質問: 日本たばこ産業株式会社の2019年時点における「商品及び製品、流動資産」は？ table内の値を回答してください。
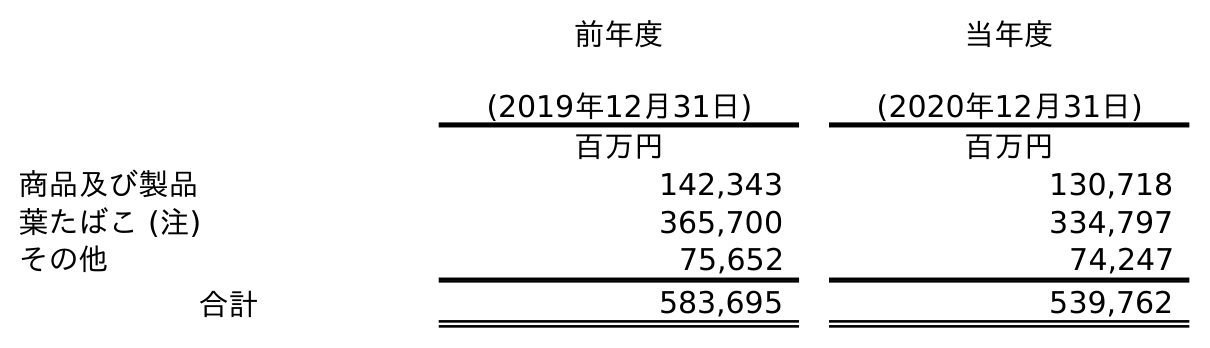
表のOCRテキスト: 前年度 (2019年12月31日) 当年度 (2020年12月31日) 百万円 百万円 商品及び製品 142,343 130,718 葉たばこ (注) 365,700 334,797 その他 75,652 74,247 合計 583,695 539,762
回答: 142,343